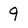
Character: 9